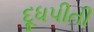
દૂધપીતી